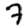
Digit: 7